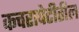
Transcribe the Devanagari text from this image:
कचरापेटीतील